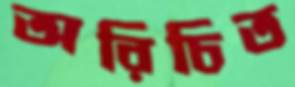
অরিচিত